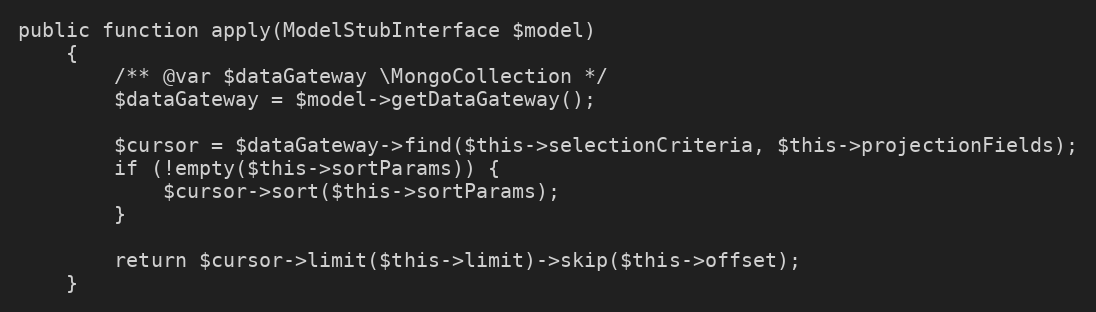
Language: PHP
public function apply(ModelStubInterface $model)
    {
        /** @var $dataGateway \MongoCollection */
        $dataGateway = $model->getDataGateway();

        $cursor = $dataGateway->find($this->selectionCriteria, $this->projectionFields);
        if (!empty($this->sortParams)) {
            $cursor->sort($this->sortParams);
        }

        return $cursor->limit($this->limit)->skip($this->offset);
    }